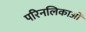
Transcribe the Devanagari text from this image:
परिनलिकाओं